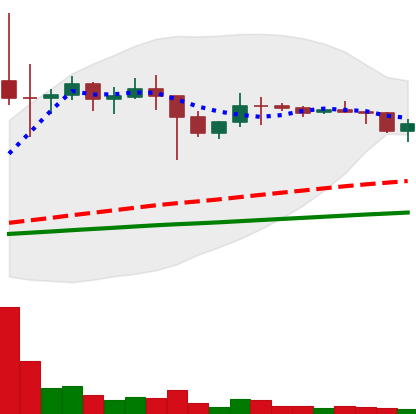
Ticker: DOGE-USD
Chart end date: 2021-01-22
Forward return: -12.224%
Label: down_7plus